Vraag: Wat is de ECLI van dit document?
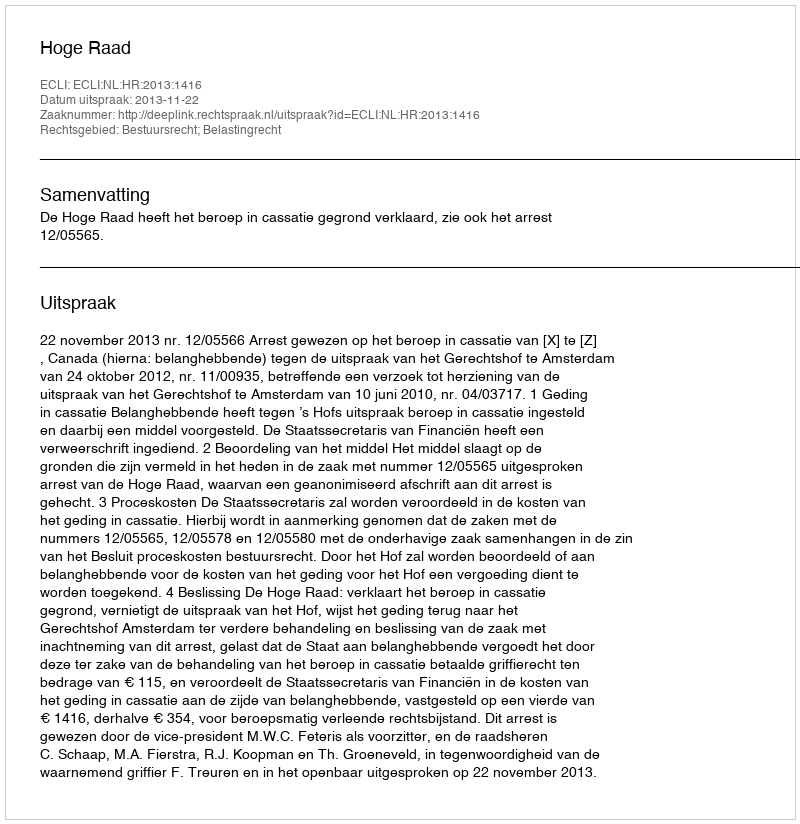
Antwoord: ECLI:NL:HR:2013:1416